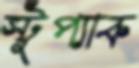
স্টুপ্যাক